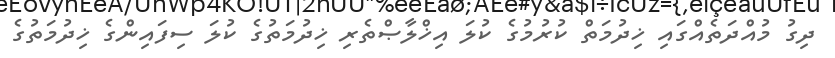
ދިގު މުއްދަތެއްގައި ޚިދުމަތް ކުރުމުގެ ކުލަ އިޚްލާޞްތެރި ޚިދުމަތުގެ ކުލަ ސިފައިންގެ ޚިދުމަތުގެ